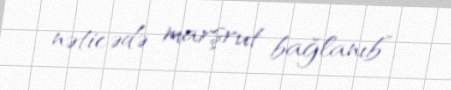
nəticədə marşrut bağlanıb”.